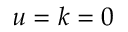
u = k = 0